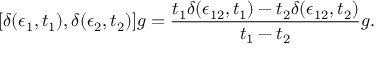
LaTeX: [ \delta ( \epsilon _ { 1 } , t _ { 1 } ) , \delta ( \epsilon _ { 2 } , t _ { 2 } ) ] g = { \frac { t _ { 1 } \delta ( \epsilon _ { 1 2 } , t _ { 1 } ) - t _ { 2 } \delta ( \epsilon _ { 1 2 } , t _ { 2 } ) } { t _ { 1 } - t _ { 2 } } } g .